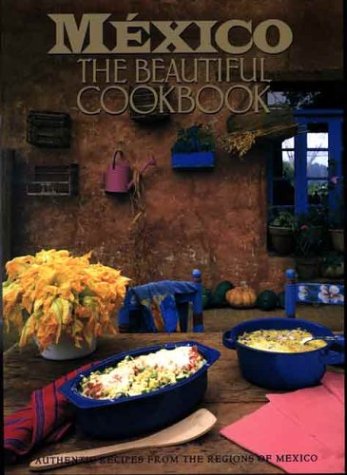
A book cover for Mexico: The Beautiful Cookbook; Susanna Palazuelos; Travel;